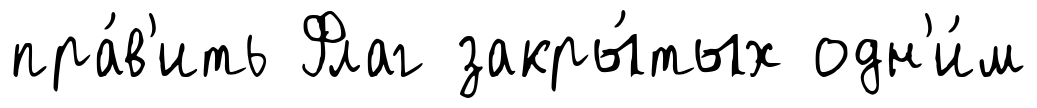
пра́в'ить Флаг закры́тых одн'и́м